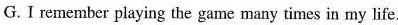
G.I remember playing the game many times in my life.